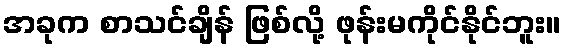
အခုက စာသင်ချိန် ဖြစ်လို့ ဖုန်းမကိုင်နိုင်ဘူး။